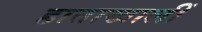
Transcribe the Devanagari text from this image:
हाताखालीं